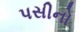
પસીનો